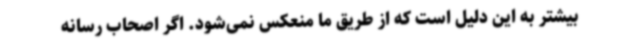
بیشتر به این دلیل است که از طریق ما منعکس نمی‌شود. اگر اصحاب رسانه